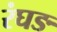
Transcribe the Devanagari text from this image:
रंघङ